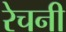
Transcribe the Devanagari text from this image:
रेचनी